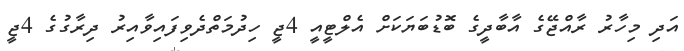
އަދި މިހާރު ރާއްޖޭގެ އާބާދީގެ ބޮޑުބަޔަކަށް އެލްޓީއީ 4ޖީ ހިދުމަތްދެވިފައިވާއިރު ދިރާގުގެ 4ޖީ